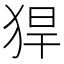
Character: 猂